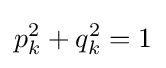
p_{k}^{2}+q_{k}^{2}=1